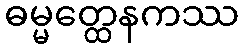
ဓမ္မတ္ထေနကဿ